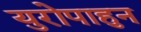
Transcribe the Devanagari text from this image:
युरोपाहुन